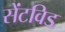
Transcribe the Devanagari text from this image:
सेंटविड